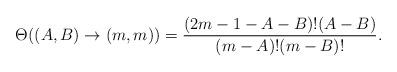
LaTeX: \begin{align*}\Theta((A,B) \to (m,m)) = \frac{(2m-1-A-B)!(A-B)}{(m-A)!(m-B)!}.\end{align*}